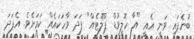
ބުނެފައި ވަނީ އެއީ "އާ ހޮލީވުޑް ޕްލޮޓެއް" ފަދަ ވާހަކައެއް ކަމަށެވެ. އެފަދަ